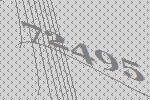
72495